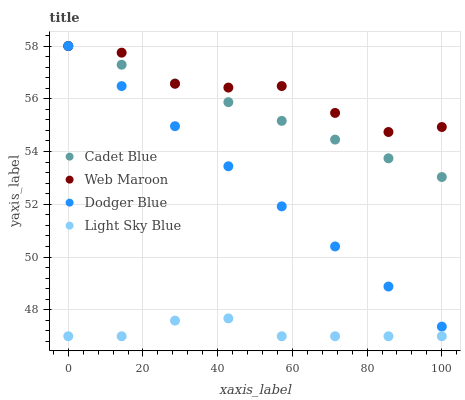
| xaxis_label | Cadet Blue | Web Maroon | Dodger Blue | Light Sky Blue |
 | --- | --- | --- | --- | --- |
 | 0 | 58 | 58 | 58 | 47 |
 | 14.3 | 57.3 | 57.7 | 56.5 | 47 |
 | 28.6 | 56.6 | 56.6 | 55 | 47.6 |
 | 42.9 | 55.9 | 56.4 | 53.4 | 47.7 |
 | 57.1 | 55.2 | 56.5 | 51.9 | 47 |
 | 71.4 | 54.5 | 55.5 | 50.4 | 47 |
 | 85.7 | 53.7 | 54.7 | 48.9 | 47 |
 | 100 | 53 | 54.9 | 47.4 | 47 |